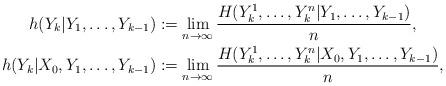
LaTeX: \begin{align*}h(Y_k|Y_1,\ldots,Y_{k-1})&:=\lim_{n\to\infty}\frac{H(Y_k^1,\ldots,Y_k^n|Y_1,\ldots,Y_{k-1})}{n},\\h(Y_k|X_0,Y_1,\ldots,Y_{k-1})&:=\lim_{n\to\infty}\frac{H(Y_k^1,\ldots,Y_k^n|X_0,Y_1,\ldots,Y_{k-1})}{n},\end{align*}